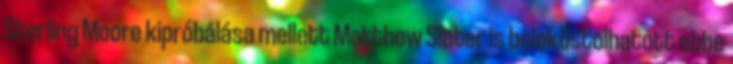
Sterling Moore kipróbálása mellett Matthew Slater is belekóstolhatott ebbe